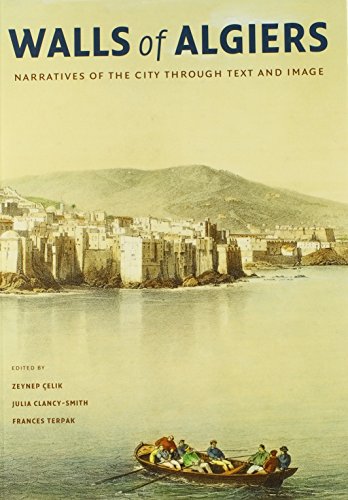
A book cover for Walls of Algiers: Narratives of the City through Text and Image; History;